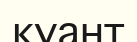
қуант